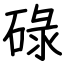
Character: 碌